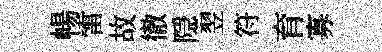
暢雷故徹隠翌符育寡